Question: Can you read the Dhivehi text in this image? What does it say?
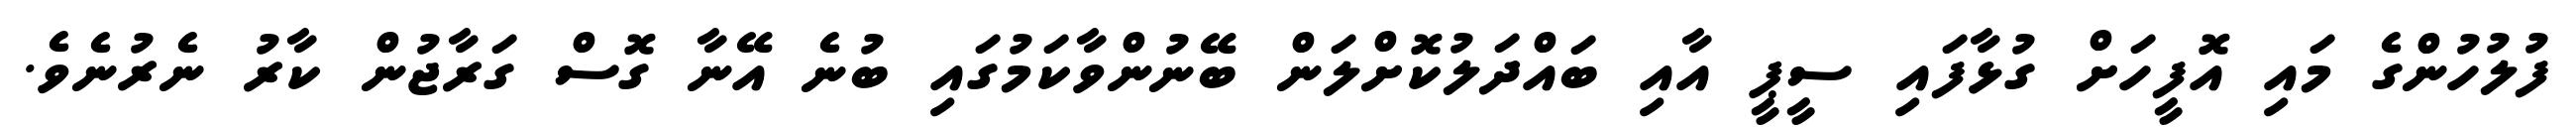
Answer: ފުލުހުންގެ މައި އޮފީހަށް ގުޅާފައި ސީޕީ އާއި ބައްދަލުކޮށްލަން ބޭނުންވާކަމުގައި ބުނެ އޭނާ ގޮސް ގަރާޖުން ކާރު ނެރުނެވެ.